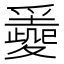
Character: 𡕼